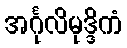
အင်္ဂုလိမုဒ္ဒိကံ